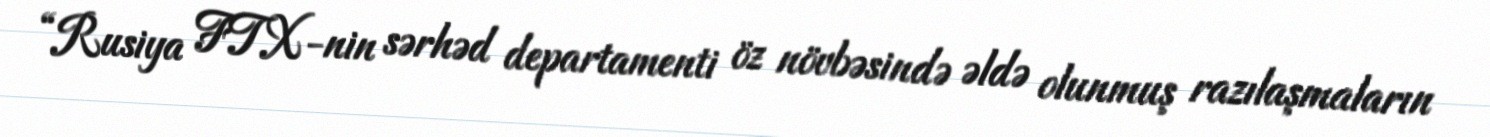
“Rusiya FTX-nin sərhəd departamenti öz növbəsində əldə olunmuş razılaşmaların